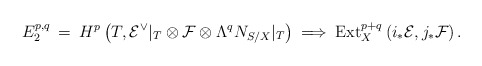
\begin{align*}E_2^{p,q} \: = \: H^p \left(T, {\cal E}^{\vee}|_T \otimes {\cal F}\otimes \Lambda^q N_{S/X}|_T \right) \: \Longrightarrow \:\mbox{Ext}^{p+q}_X\left( i_* {\cal E}, j_* {\cal F} \right).\end{align*}